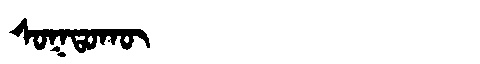
Manchu: ᠰᠣᡴᡨᠣᡴᡡ
Romanization: SOKTOKŪ